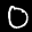
Label: 0